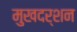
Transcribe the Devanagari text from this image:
मुखदर्शन